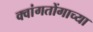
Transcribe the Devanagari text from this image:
क्वांगतोंगाच्या